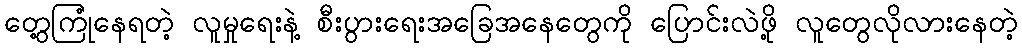
တွေ့ကြုံနေရတဲ့ လူမှုရေးနဲ့ စီးပွားရေးအခြေအနေတွေကို ပြောင်းလဲဖို့ လူတွေလိုလားနေတဲ့